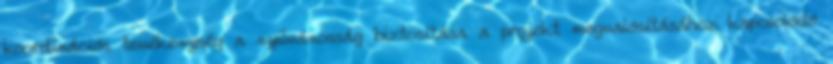
koordinációs tevékenység a nyilvánosság biztosítása a projekt megvalósításához kapcsolódó